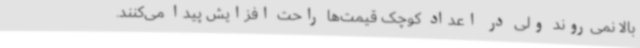
بالا نمی‌روند ولی در اعداد کوچک قیمت‌ها راحت افزایش پیدا می‌کنند.